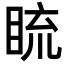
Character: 𥆨